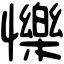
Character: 㦡